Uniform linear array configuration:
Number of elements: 16
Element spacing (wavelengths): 1
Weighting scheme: blackman
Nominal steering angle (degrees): -30
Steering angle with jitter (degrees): -30.526
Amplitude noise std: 0.05
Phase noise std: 0.05

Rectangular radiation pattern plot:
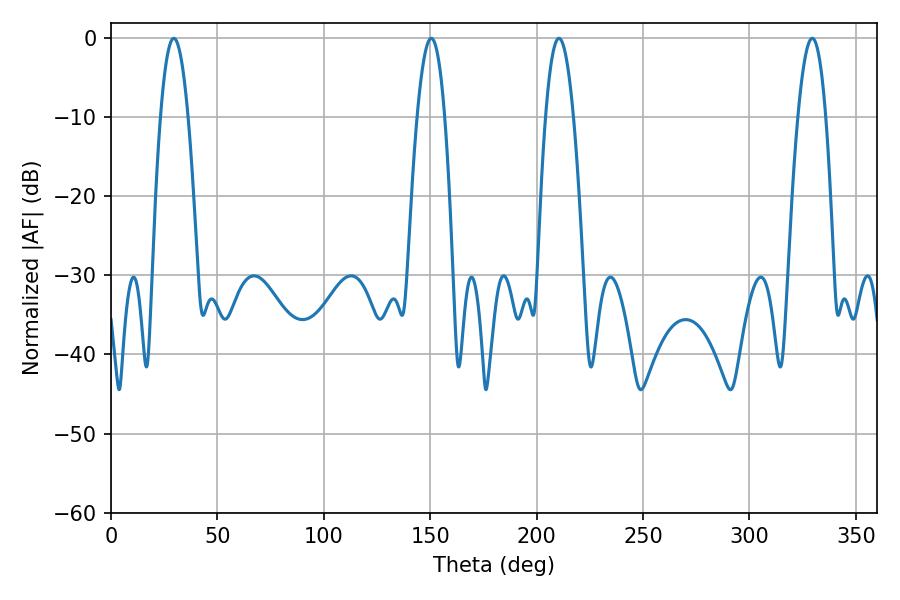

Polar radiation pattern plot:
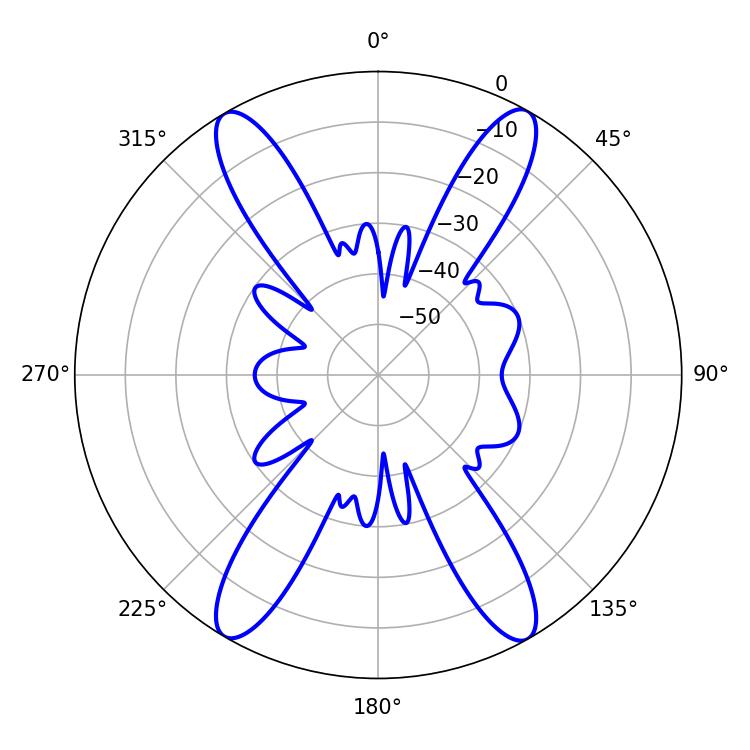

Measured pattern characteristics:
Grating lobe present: TRUE
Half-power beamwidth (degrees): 7.02
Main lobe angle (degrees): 29.52